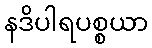
နဒိပါရပစ္စယာ